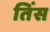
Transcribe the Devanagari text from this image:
तिंस